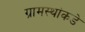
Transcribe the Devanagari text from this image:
ग्रामस्थांकडे